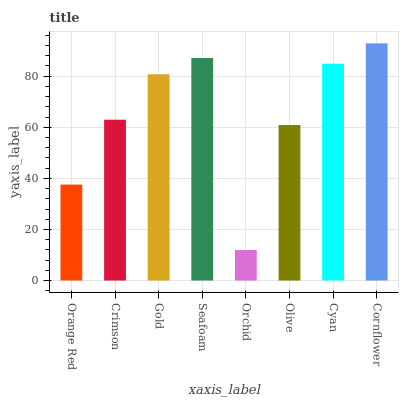
| xaxis_label | bars |
 | --- | --- |
 | Orange Red | 37.6 |
 | Crimson | 63 |
 | Gold | 80.7 |
 | Seafoam | 87.1 |
 | Orchid | 11.9 |
 | Olive | 60.9 |
 | Cyan | 84.9 |
 | Cornflower | 92.8 |